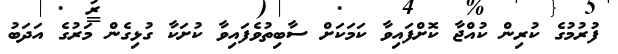
ފުރުމުގެ ކުރިން ކުއްޖާ ކޮށްފައިވާ ކަމަކަށް ސާބިތުވެފައިވާ ކުށަކާ ގުޅިގެން މަރުގެ އަދަބު